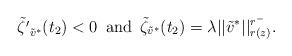
LaTeX: \begin{align*}\tilde{\zeta'}_{\tilde{v}^{*}} ( t_{2} ) < 0 \,\,\, \mbox{and} \,\,\, \tilde{\zeta}_{\tilde{v}^{*}} ( t_{2} ) = \lambda || \tilde{v}^{*} ||_{r( z )}^{r^{-}}.\end{align*}